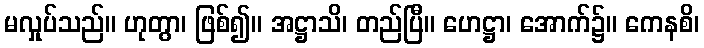
မလှုပ်သည်။ ဟုတွာ၊ ဖြစ်၍။ အဋ္ဌာသိ၊ တည်ပြီ။ ဟေဋ္ဌာ၊ အောက်၌။ ကေနစိ၊